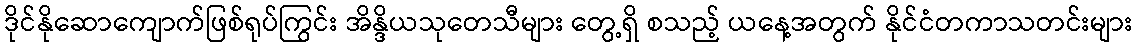
ဒိုင်နိုဆောကျောက်ဖြစ်ရုပ်ကြွင်း အိန္ဒိယသုတေသီများ တွေ့ရှိ စသည့် ယနေ့အတွက် နိုင်ငံတကာသတင်းများ